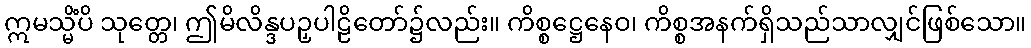
ဣမသ္မိံပိ သုတ္တေ၊ ဤမိလိန္ဒပဉှပါဠိတော်၌လည်း။ ကိစ္စဋ္ဌေနေဝ၊ ကိစ္စအနက်ရှိသည်သာလျှင်ဖြစ်သော။